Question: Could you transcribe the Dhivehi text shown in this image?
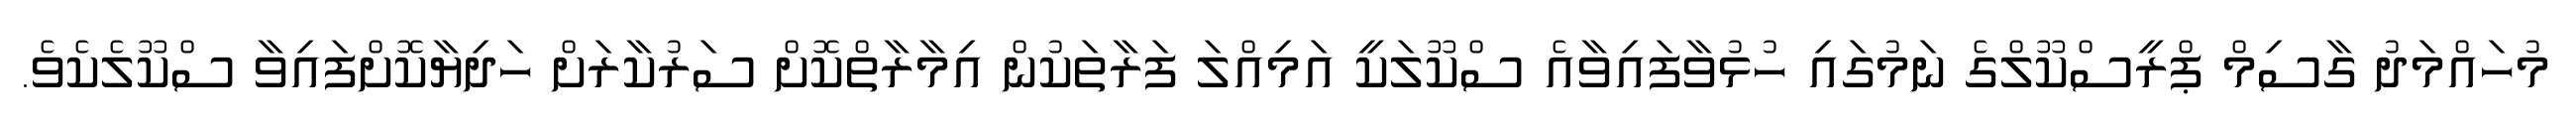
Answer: މުހައްމަދު ގާސިމް ޕްރީސްކޫލްގެ ނަމުގައި ހުޅުވާފައިވާއެ ސްކޫލަކީ އަމިއްލަ ފަރާތަކުން އިމާރާތްކޮށް ސަރުކާރަށް ހަދިޔާކޮށްފައިވާ ސްކޫލެކެވެ.